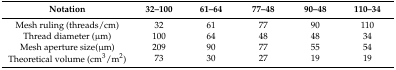
<table><thead><tr><td><b>Notation</b></td><td><b>32–100</b></td><td><b>61–64</b></td><td><b>77–48</b></td><td><b>90–48</b></td><td><b>110–34</b></td></tr></thead><tbody><tr><td>Mesh ruling (threads/cm)</td><td>32</td><td>61</td><td>77</td><td>90</td><td>110</td></tr><tr><td>Thread diameter (μm)</td><td>100</td><td>64</td><td>48</td><td>48</td><td>34</td></tr><tr><td>Mesh aperture size(μm)</td><td>209</td><td>90</td><td>77</td><td>55</td><td>54</td></tr><tr><td>Theoretical volume (cm<sup>3</sup>/m<sup>2</sup>)</td><td>73</td><td>30</td><td>27</td><td>19</td><td>19</td></tr></tbody></table>